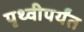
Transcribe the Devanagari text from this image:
पृथ्वीपर्यंत